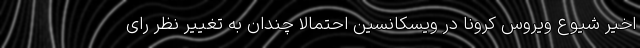
اخیر شیوع ویروس کرونا در ویسکانسین احتمالا چندان به تغییر نظر رای